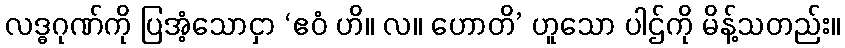
လဒ္ဓဂုဏ်ကို ပြအံ့သောငှာ ‘ဧဝံ ဟိ။ လ။ ဟောတိ’ ဟူသော ပါဌ်ကို မိန့်သတည်း။